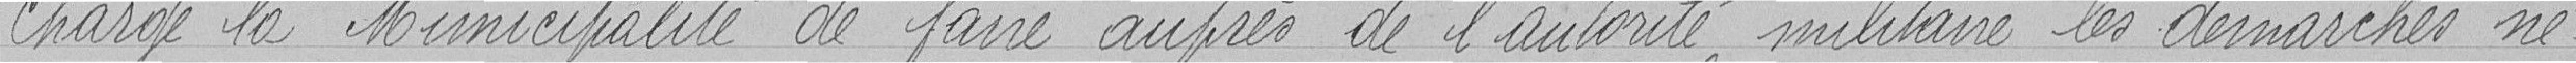
Charge la Municipalité de faire auprès de l'autorité militaire les démarches né-